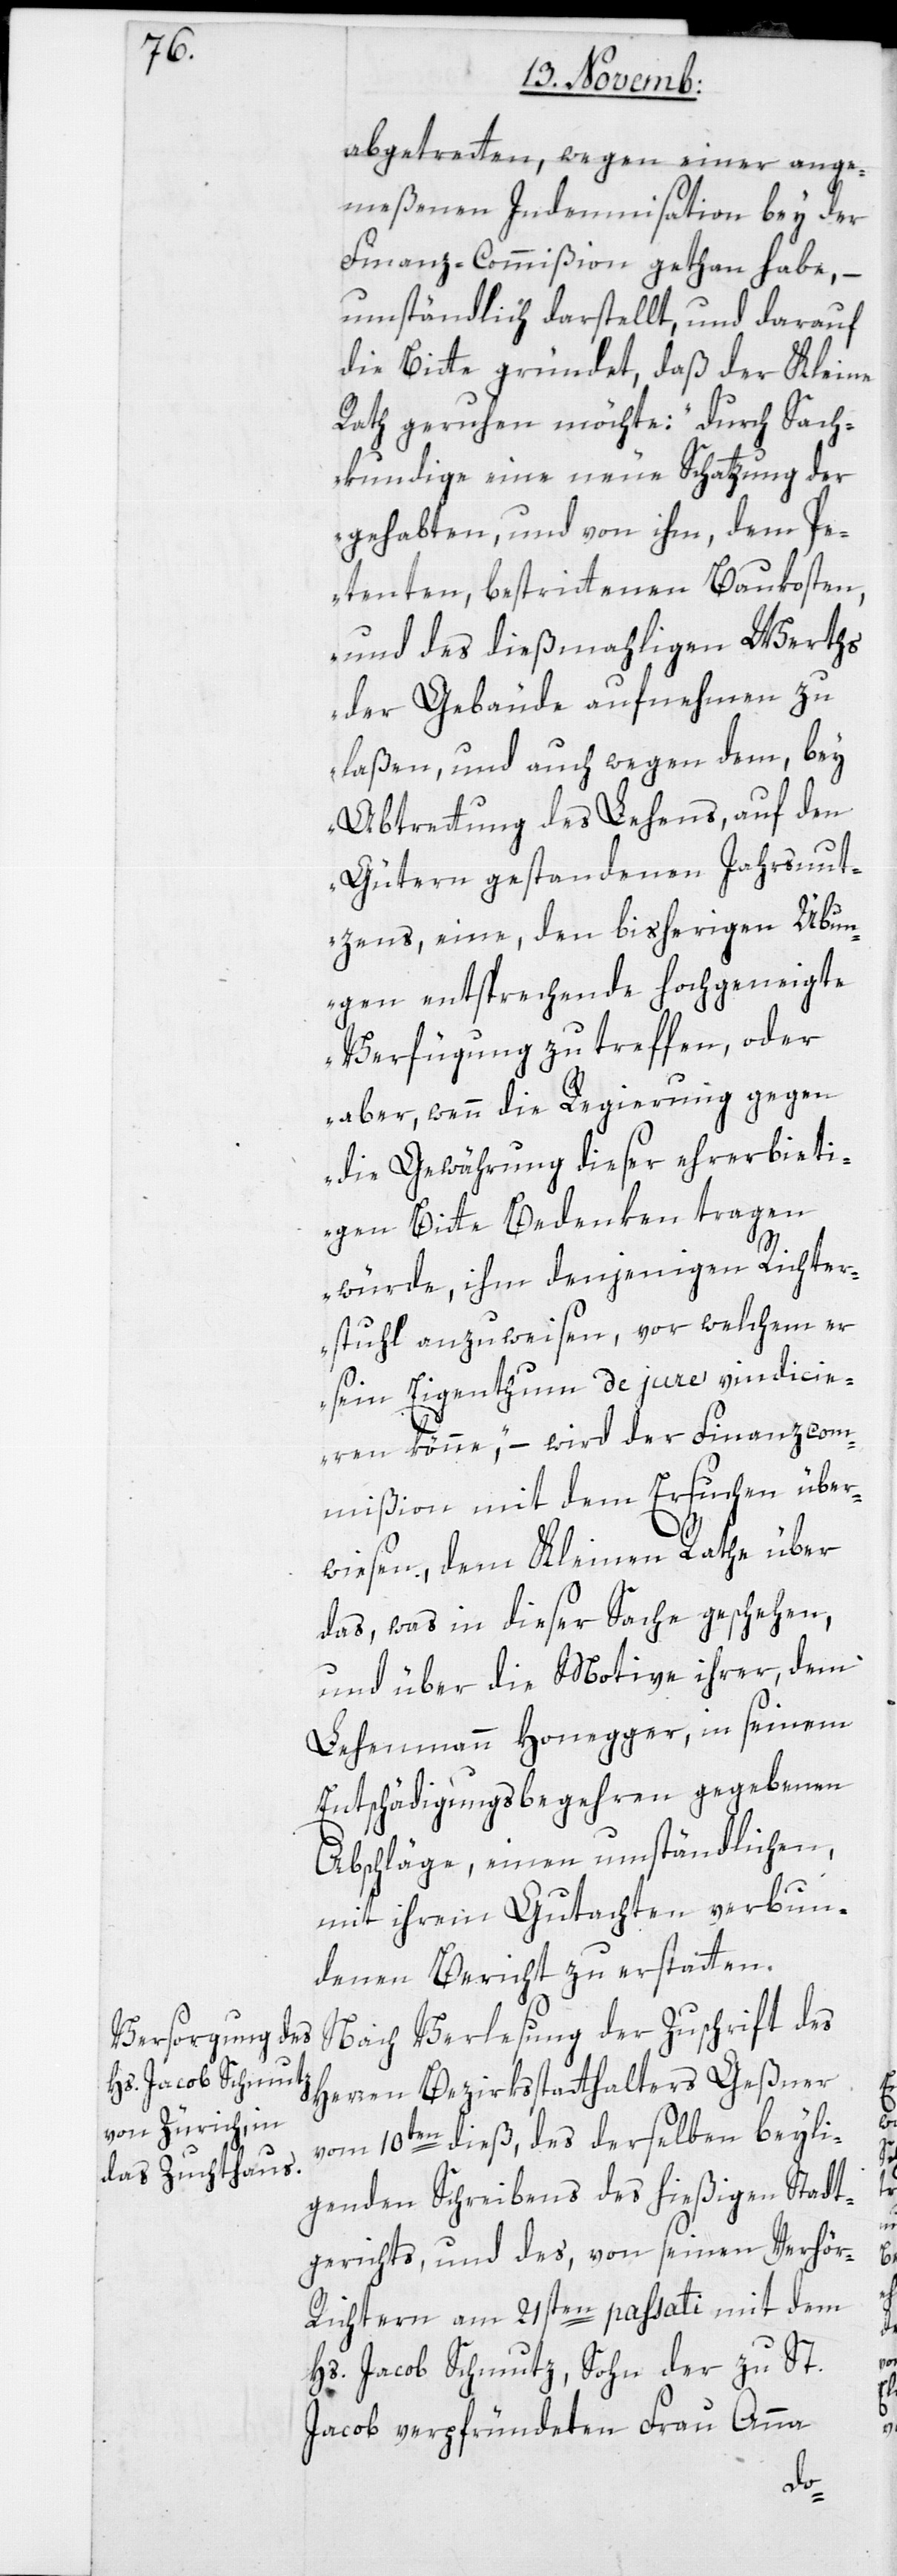
abgetreten, wegen einer ange¬
meßenen Indemnisation bey der
Finanzkommmißion gethan habe, –
umständlich darstellt, und darauf
die Bitte gründet, daß der Kleine
Rath geruhen möchte: „durch Sach¬
kundige eine neue Schatzung der
gehabten, und von ihm, dem Pe¬
tenten beßtrittenen Baukosten,
und des dießmahligen Werths
der Gebäude aufnehmen zu
laßen, und auch wegen dem, bey
Abtretung des Lehens auf den
Gütern gestandenen Jahrsnut¬
zens, eine den bisherigen Übun¬
gen entsprechende hochgeneigte
Verfügung zu treffen, oder
aber, wenn die Regierung gegen
die Gewährung dieser ehrerbieti¬
gen Bitte Bedenken tragen
würde, ihm denjenigen Richter¬
stuhl anzuweisen, vor welchem er
sein Eigenthum de jure vindicie¬
ren könne“, – wird der Finanz-Com¬
mißion mit dem Ersuchen über¬
wiesen, dem Kleinen Rathe über
das, was in dieser Sache geschehen,
und über die Motive ihrer, dem
Lehenmann Honegger, in seinem
Entschädigungsbegehren gegebenen
Abschläge, einen umständlichen,
mit ihrem Gutachten verbun¬
denen Bericht zu erstatten.
Nach Verlesung der Zuschrift des
Herren Bezirksstatthalters Geßner
vom 10ten dieß, des derselben beylie¬
genden Schreibens des hießigen Stadt¬
gerichts, und des, von seinen Verhö¬
r-Richtern am 21sten passati mit dem
Hs. Jacob Schmutz, Sohn der zu St.
Jacob verpfründeten Frau Anna